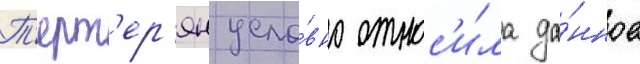
Т'ерт'ер'ян усло́вно относ'и́ла да́нное